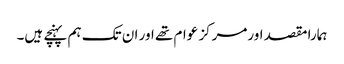
ہمارا مقصد اورمرکز عوام تھے اور ان تک ہم پہنچے ہیں۔